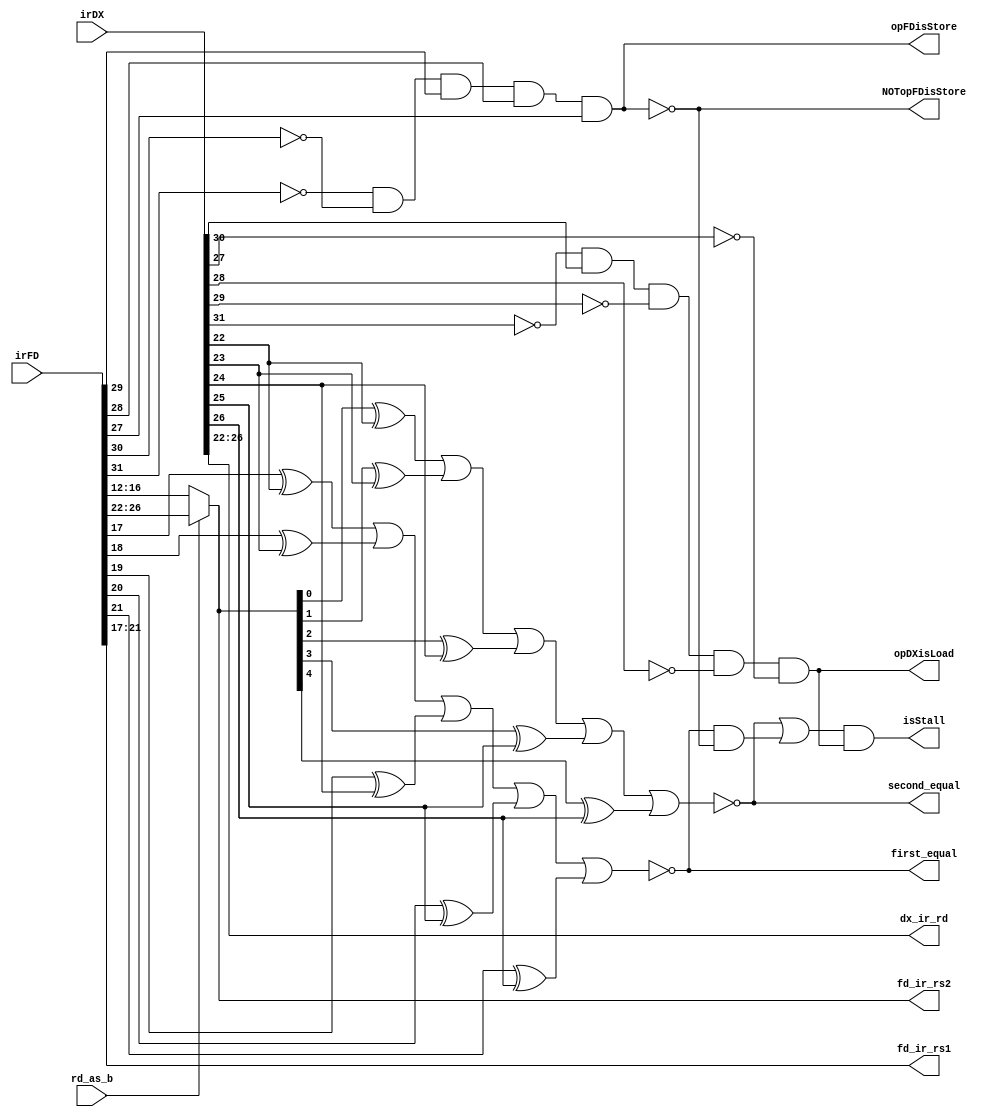
module stall_logic(isStall, irFD, irDX, rd_as_b,
	first_equal, second_equal,opDXisLoad, opFDisStore, NOTopFDisStore, fd_ir_rs2, dx_ir_rd, fd_ir_rs1); 
	output isStall; 
	input [31:0] irFD, irDX;
	input rd_as_b; 

	
	wire [4:0] not_opcodeDX, not_opcodeFD; 
	not not1(not_opcodeDX[0], irDX[27]);
	not not2(not_opcodeDX[1], irDX[28]);
	not not3(not_opcodeDX[2], irDX[29]);
	not not4(not_opcodeDX[3], irDX[30]);
	not not5(not_opcodeDX[4], irDX[31]);
	
	not not11(not_opcodeFD[0], irFD[27]);
	not not22(not_opcodeFD[1], irFD[28]);
	not not33(not_opcodeFD[2], irFD[29]);
	not not44(not_opcodeFD[3], irFD[30]);
	not not55(not_opcodeFD[4], irFD[31]);
	
	output opDXisLoad, opFDisStore, NOTopFDisStore; 
	and andDXLoad(opDXisLoad, not_opcodeDX[4], irDX[30], not_opcodeDX[2], not_opcodeDX[1], not_opcodeDX[0]); 
	and andFDStore(opFDisStore, not_opcodeFD[4],not_opcodeFD[3], irFD[29], irFD[28], irFD[27]); 
	not notfdstore(NOTopFDisStore, opFDisStore);
	
	output [4:0] fd_ir_rs2, dx_ir_rd, fd_ir_rs1; 
	assign fd_ir_rs2 = rd_as_b ? irFD[26:22] : irFD[16:12]; //b_register
	assign dx_ir_rd = irDX[26:22];
	assign fd_ir_rs1 = irFD[21:17]; //a_register
	
	//to check if equal, perform xor, then a nor on the output of that
	
	genvar i; 
	wire[4:0] out_first, out_second; //first: fd_ir_rs1 == dx_ir_rd, second: fd_ir_rs2 == dx_ir_rd
	generate
		for (i = 0; i<5; i=i+1) begin: loop1
			xor xor_check(out_first[i],fd_ir_rs1[i],dx_ir_rd[i]);
			xor xor_check2(out_second[i],fd_ir_rs2[i],dx_ir_rd[i]);
		end
	endgenerate
	output first_equal, second_equal; 
	nor nor_1(first_equal, out_first[0],out_first[1],out_first[2],out_first[3],out_first[4]); 
	nor nor_2(second_equal, out_second[0],out_second[1],out_second[2],out_second[3],out_second[4]);
	
	wire check_1, check_2; 
	and and_first(check_1, first_equal, NOTopFDisStore); 
	or or_second(check_2, second_equal, check_1); 
	and and_final(isStall, check_2, opDXisLoad); 
	
	
endmodule